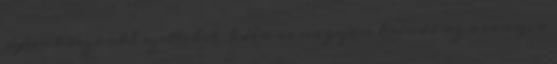
újév-köszöntő szetteket Idén is nagyon trendi az arany, a